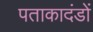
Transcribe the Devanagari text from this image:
पताकादंडों